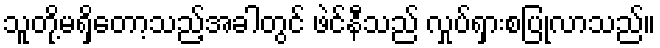
သူတို့မရှိတော့သည့်အခါတွင် ဖဲင်နီသည် လှုပ်ရှားစပြုလာသည်။